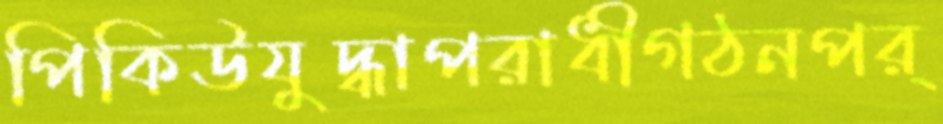
পিকিউযুদ্ধাপরাধীগঠনপর্